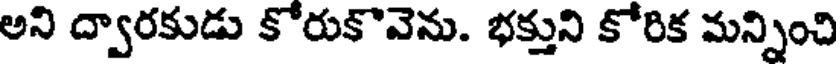
అని ద్వారకుడు కోరుకొవెను. భక్తుని కోరిక మన్నించి